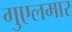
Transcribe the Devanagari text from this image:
गुएलमार